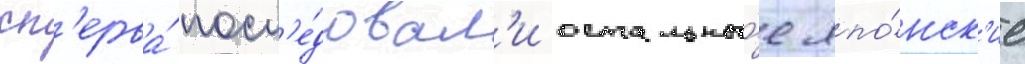
сп'ерва́ посл'е́довал'и остальны́е япо́нск'ие